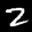
Label: 2